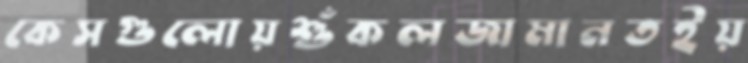
কেসগুলোয়শুঁকলজামানতইয়